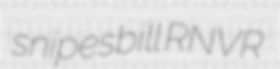
snipesbill RNVR